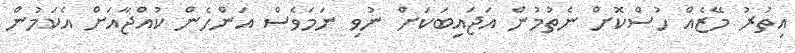
އިތުރު މޭޒެއް ހުސްކޮށް ނެތުމުން އަޖައިބަކަށް ނުވި ނަމަވެސް އަންހެން ކުއްޖާއަށް އެކަމުން